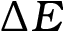
\Delta E